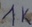
Text: 1K